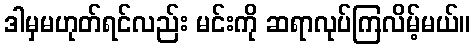
ဒါမှမဟုတ်ရင်လည်း မင်းကို ဆရာလုပ်ကြလိမ့်မယ်။